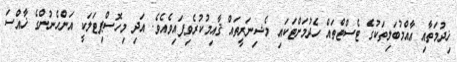
ޚިދުމަތާއި އާއްމުބަލިތަކުގެ ޓެސްޓްތައް ހެދުމަށްޓަކައި މެޝިނަރީތައް ޤާއިމުކުރެވިފައިވެއެވެ. އަދި މިހޮސްޕިޓަލަކީ އަންހެނުންގެ ޚާއްސަ